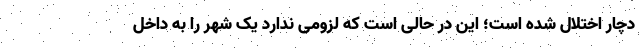
دچار اختلال شده است؛ این در حالی است که لزومی ندارد یک شهر را به داخل